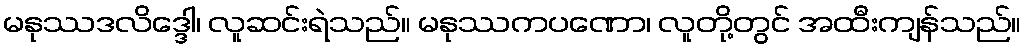
မနုဿဒလိဒ္ဒေါ၊ လူဆင်းရဲသည်။ မနုဿကပဏော၊ လူတို့တွင် အထီးကျန်သည်။